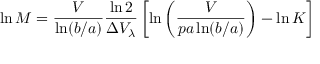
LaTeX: \ln M = { \frac { V } { \ln ( b / a ) } } { \frac { \ln 2 } { \Delta V _ { \lambda } } } \left[ \ln \left( { \frac { V } { p a \ln ( b / a ) } } \right) - \ln K \right]